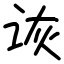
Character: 诙